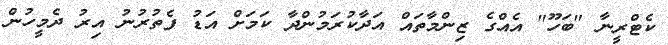
ކެޓްރީނާ "ބަހޫ" އެއްގެ ޒިންމާތައް އަދާކުރަމުންދާ ކަމަށް އަޑު ފެތުރުނު އިރު ދެމީހުން